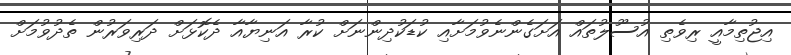
އިޖުތިމާއީ ރިވެތި އުސޫލުތައް އަށަގެންނެވުމަށާއި ކުޑަކުދިންނަށް ކުރާ އަނިޔާއާ ދެކޮޅަށް ދަރިވަރުން ތެދުވުމަށް